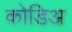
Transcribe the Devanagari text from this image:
कोडिअ